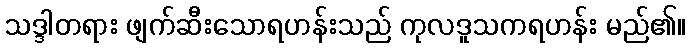
သဒ္ဒါတရား ဖျက်ဆီးသောရဟန်းသည် ကုလဒူသကရဟန်း မည်၏။